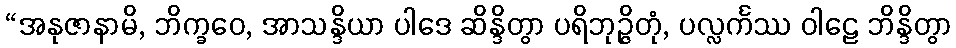
“အနုဇာနာမိ, ဘိက္ခဝေ, အာသန္ဒိယာ ပါဒေ ဆိန္ဒိတွာ ပရိဘုဉ္ဇိတုံ, ပလ္လင်္ကဿ ဝါဠေ ဘိန္ဒိတွာ